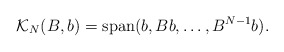
\begin{align*} \mathcal{K}_N(B,b) = \operatorname{span}(b,B b,\ldots,B^{N-1}b). \end{align*}